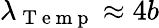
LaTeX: \lambda_{\mathrm{~T~e~m~p~}}\approx 4b